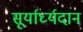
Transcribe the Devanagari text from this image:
सूर्यार्घ्यदान